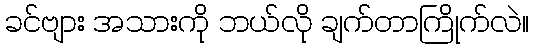
ခင်ဗျား အသားကို ဘယ်လို ချက်တာကြိုက်လဲ။